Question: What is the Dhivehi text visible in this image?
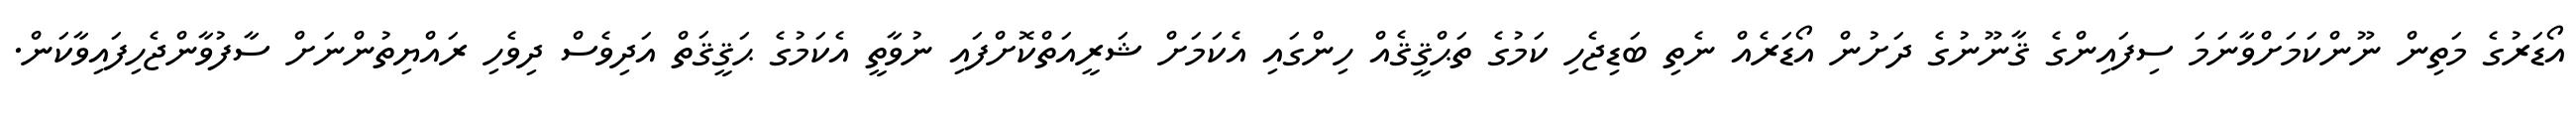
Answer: އޯޑަރުގެ މަތިން ނޫންކަމަށްވާނަމަ ސިފައިންގެ ޤާނޫނުގެ ދަށުން އޯޑަރެއް ނެތި ބަޑިޖެހި ކަމުގެ ތަޙްޤީޤެއް ހިންގައި އެކަމަށް ޝަރީއަތްކޮށްފައި ނުވާތީ އެކަމުގެ ޙަޤީޤަތް އަދިވެސް ދިވެހި ރައްޔިތުންނަށް ސާފުވާންޖެހިފައިވާކަން.